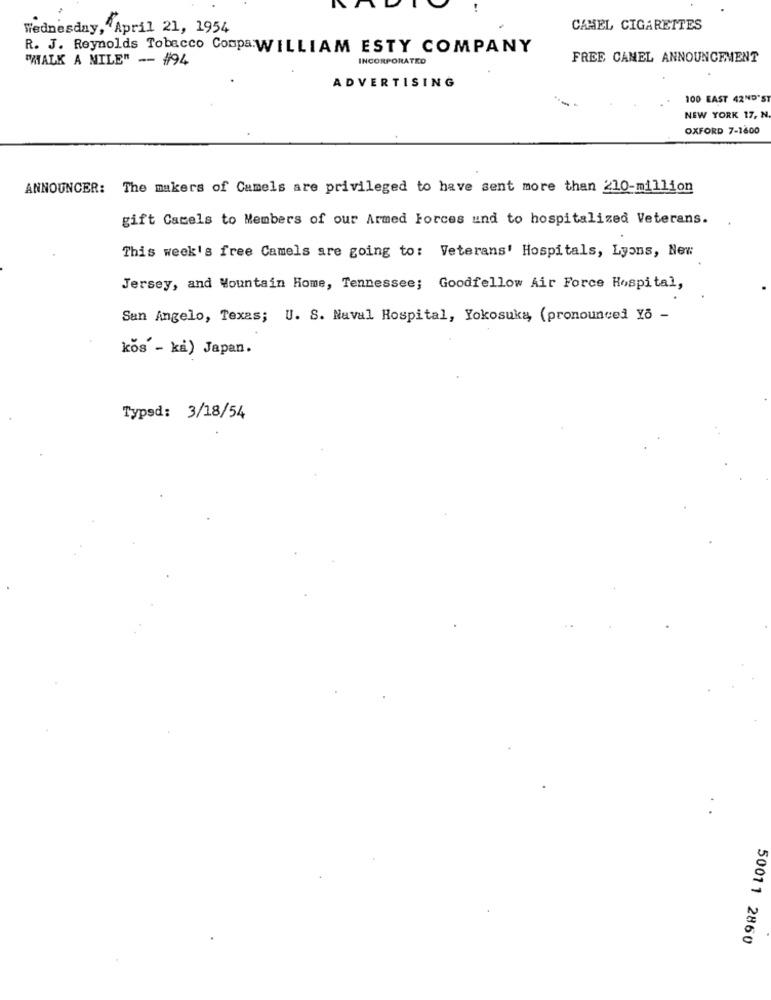
Wednesday, April 21, 1954
CAMEL CIGARETTES
R. J. Reynolds Tobacco CompaWILLIAM ESTY COMPANY
"HALK A MILE" -- #94
INCORPORATEO
FREE CANEL ANNOUNCEMENT
ADVERTISING
100 EAST 42ND"ST
NEW YORK 17, N.
OXFORD 7-1800
ANNOUNCER: The makers of Camels are privileged to have sent more than 210-million
gift Camels to Members of our Armed Forces und to hospitalized Veterans.
This week's free Camels are going to: Veterans' Hospitals, Lyons, New
Jersey, and Mountain Home, Tennessee; Goodfellow Air Force Hospital,
San Angelo, Texas; U. S. Naval Hospital, Yokosuka (pronounced Yo -
kos - ki) Japan.
Typed: 3/18/54
50011 2860